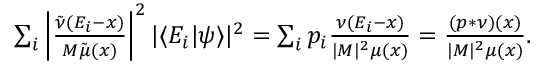
\begin{array} { r } { \sum _ { i } \left| \frac { \tilde { \nu } ( E _ { i } - x ) } { M \tilde { \mu } ( x ) } \right| ^ { 2 } | \langle E _ { i } | \psi \rangle | ^ { 2 } = \sum _ { i } p _ { i } \frac { \nu ( E _ { i } - x ) } { | M | ^ { 2 } \mu ( x ) } = \frac { ( p \ast \nu ) ( x ) } { | M | ^ { 2 } \mu ( x ) } . } \end{array}